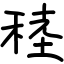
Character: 稑